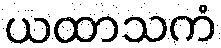
ယထာသကံ